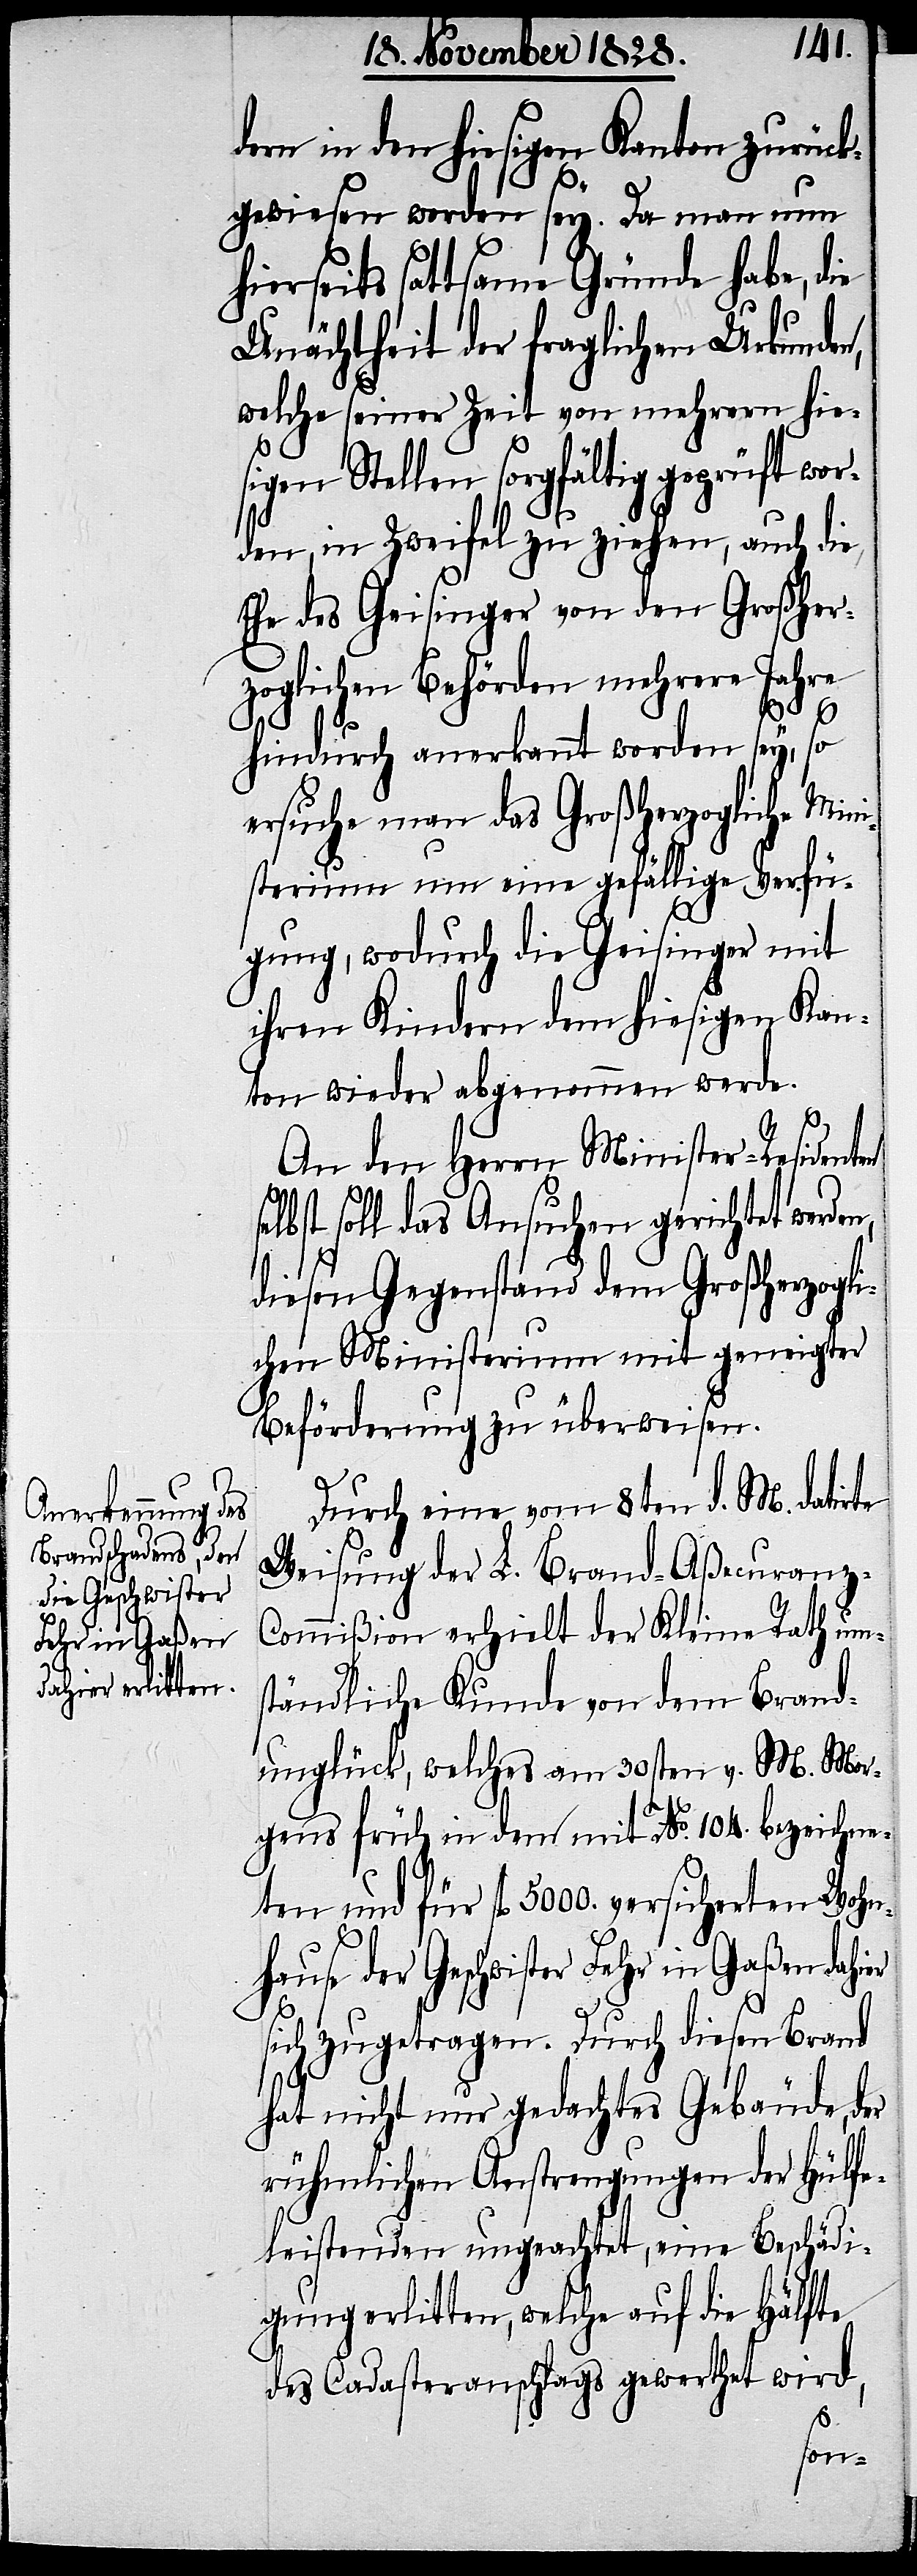
dern in den hiesigen Kanton zurück¬
er
gewiesen worden sey. Da man nun
hierseits sattsame Gründe habe, die
Unächtheit der fraglichen Urkunden,
welche seiner Zeit von mehrern hie¬
sigen Stellen sorgfältig geprüft wor¬
den, in Zweifel zu ziehen, auch die
Ehe des Geisinger von den Großher¬
zoglichen Behörden mehrere Jahre
s¬
hindurch anerkannt worden sey, so
ersuche man das Großherzogliche Mini¬
sterium um eine gefällige Verfü¬
gung, wodurch die Geisinger mit
ihren Kindern dem hiesigen Kan¬
ton wieder abgenommen werde.
An den Herrn Minister-Residenten
elbst soll das Ansuchen gerichtet werden,
diesen Gegenstand dem Großherzogli¬
chen Ministerium mit geneigter
Beförderung zu überweisen.
Durch eine vom 8ten d. M. datirte
Weisung der L. Brand-Aßecuranz-C¬
ommißion erhielt der Kleine Rath um¬
ständliche Kunde von dem Brand¬
unglück, welches am 30sten v. M. Mor¬
gens früh in dem mit No. 104. bezeichne¬
ten und für fl. 5000. versicherten Wohn¬
hause der Geschwister Fehr in Gaßen dahi¬
sich zugetragen. Durch diesen Brand
hat nicht nur gedachtes Gebäude, der
rühmlichen Anstrengungen der Hülfe¬
leistenden ungeachtet, eine Beschädi¬
gung erlitten, welche auf die Hälfte
des Cadasteranschlags gewerthet wird,